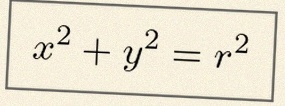
x^2+y^2=r^2